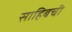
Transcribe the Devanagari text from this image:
साहिबची